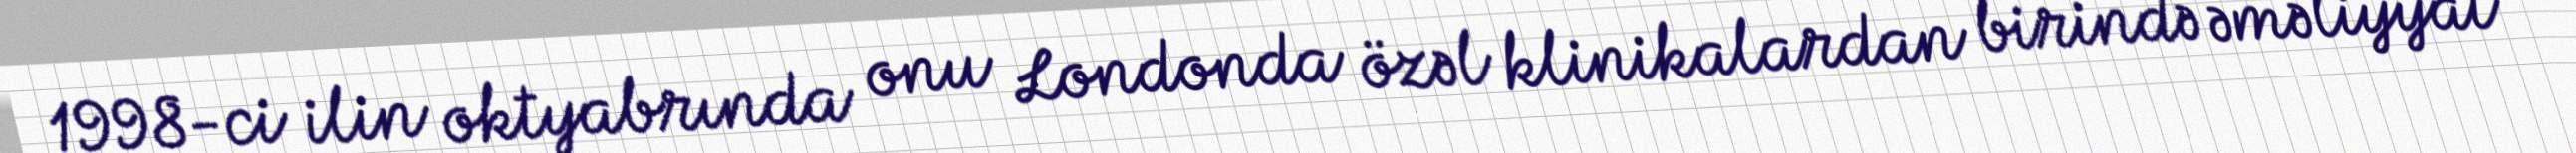
1998-ci ilin oktyabrında onu Londonda özəl klinikalardan birində əməliyyat